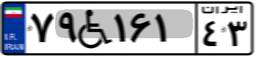
۷۹W۱۶۱۴۳